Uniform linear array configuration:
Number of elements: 64
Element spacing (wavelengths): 0.5
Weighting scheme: blackman
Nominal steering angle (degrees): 45
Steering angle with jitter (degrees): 45.478
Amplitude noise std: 0.05
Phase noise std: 0.05

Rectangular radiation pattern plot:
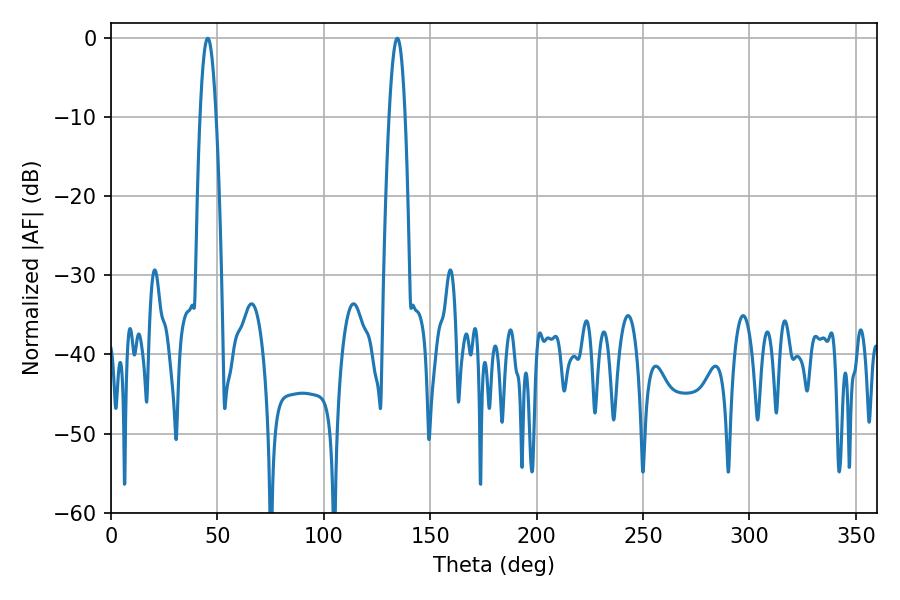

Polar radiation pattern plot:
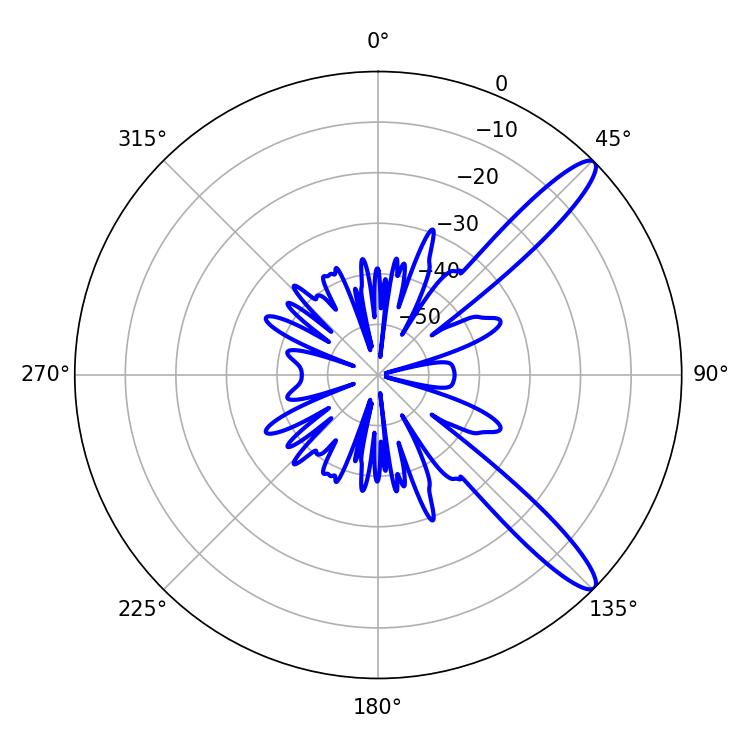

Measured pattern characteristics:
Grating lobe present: FALSE
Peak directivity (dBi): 12.508
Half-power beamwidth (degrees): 4.14
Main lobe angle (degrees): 45.54